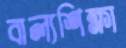
বাল্যশিক্ষা